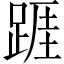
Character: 𨂉